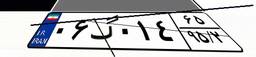
۰۶گ۰۱۴۶۵